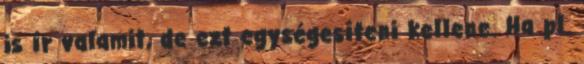
is ír valamit, de ezt egységesíteni kellene. Ha pl.